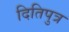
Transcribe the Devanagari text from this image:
दितिपुत्र